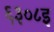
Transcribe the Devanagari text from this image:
६३०८इ